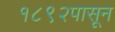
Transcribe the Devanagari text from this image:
१८९२पासून